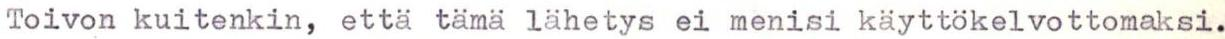
Toivon kuitenkin, että tämä lähetys ei menisi käyttökelvottomaksi.